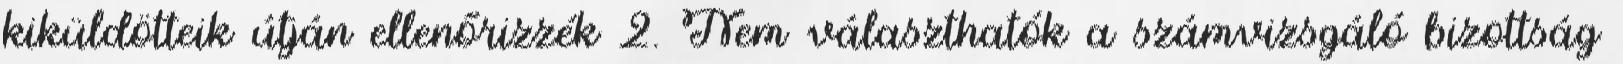
kiküldötteik útján ellenőrizzék 2. Nem választhatók a számvizsgáló bizottság